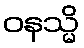
ဝနသ္မိ